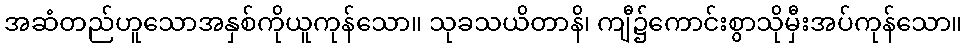
အဆံတည်ဟူသောအနှစ်ကိုယူကုန်သော။ သုခသယိတာနိ၊ ကျီ၌ကောင်းစွာသိုမှီးအပ်ကုန်သော။